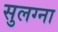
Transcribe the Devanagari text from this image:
सुलग्ना